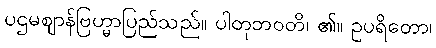
ပဌမဈာန်ဗြဟ္မာပြည်သည်။ ပါတုဘဝတိ၊ ၏။ ဥပရိတော၊